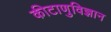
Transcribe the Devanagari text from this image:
कीटाणुविज्ञान